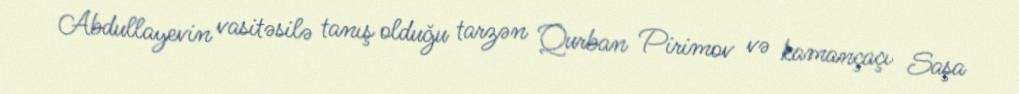
Abdullayevin vasitəsilə tanış olduğu tarzən Qurban Pirimov və kamançaçı Saşa